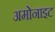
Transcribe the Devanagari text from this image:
अमोनाइट